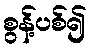
စွန့်ပစ်၍